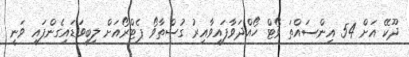
ދޫކޭ އަށް 54 އިންސައްތަ ވޯޓް ހޯއްދަވާފައިވާއިރު ގުސްތާވޯ ޕެޓްރޯއަށް ލިބިވަޑައިގެންފައި ވަނީ